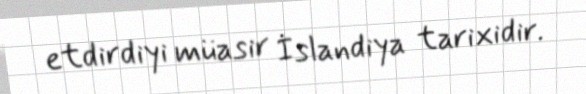
etdirdiyi müasir İslandiya tarixidir.